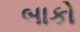
બાકો